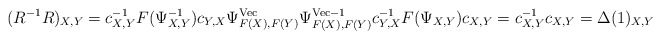
\begin{align*}(R^{-1}R)_{X,Y}=c_{X,Y}^{-1}F(\Psi_{X,Y}^{-1})c_{Y,X}\Psi^{{\rm Vec}}_{F(X),F(Y)}\Psi^{{\rm Vec}-1}_{F(X),F(Y)}c^{-1}_{Y,X}F(\Psi_{X,Y})c_{X,Y}=c_{X,Y}^{-1}c_{X,Y}=\Delta(1)_{X,Y}\end{align*}